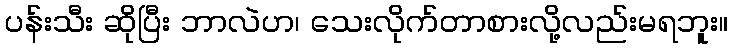
ပန်းသီး ဆိုပြီး ဘာလဲဟ၊ သေးလိုက်တာစားလို့လည်းမရဘူး။